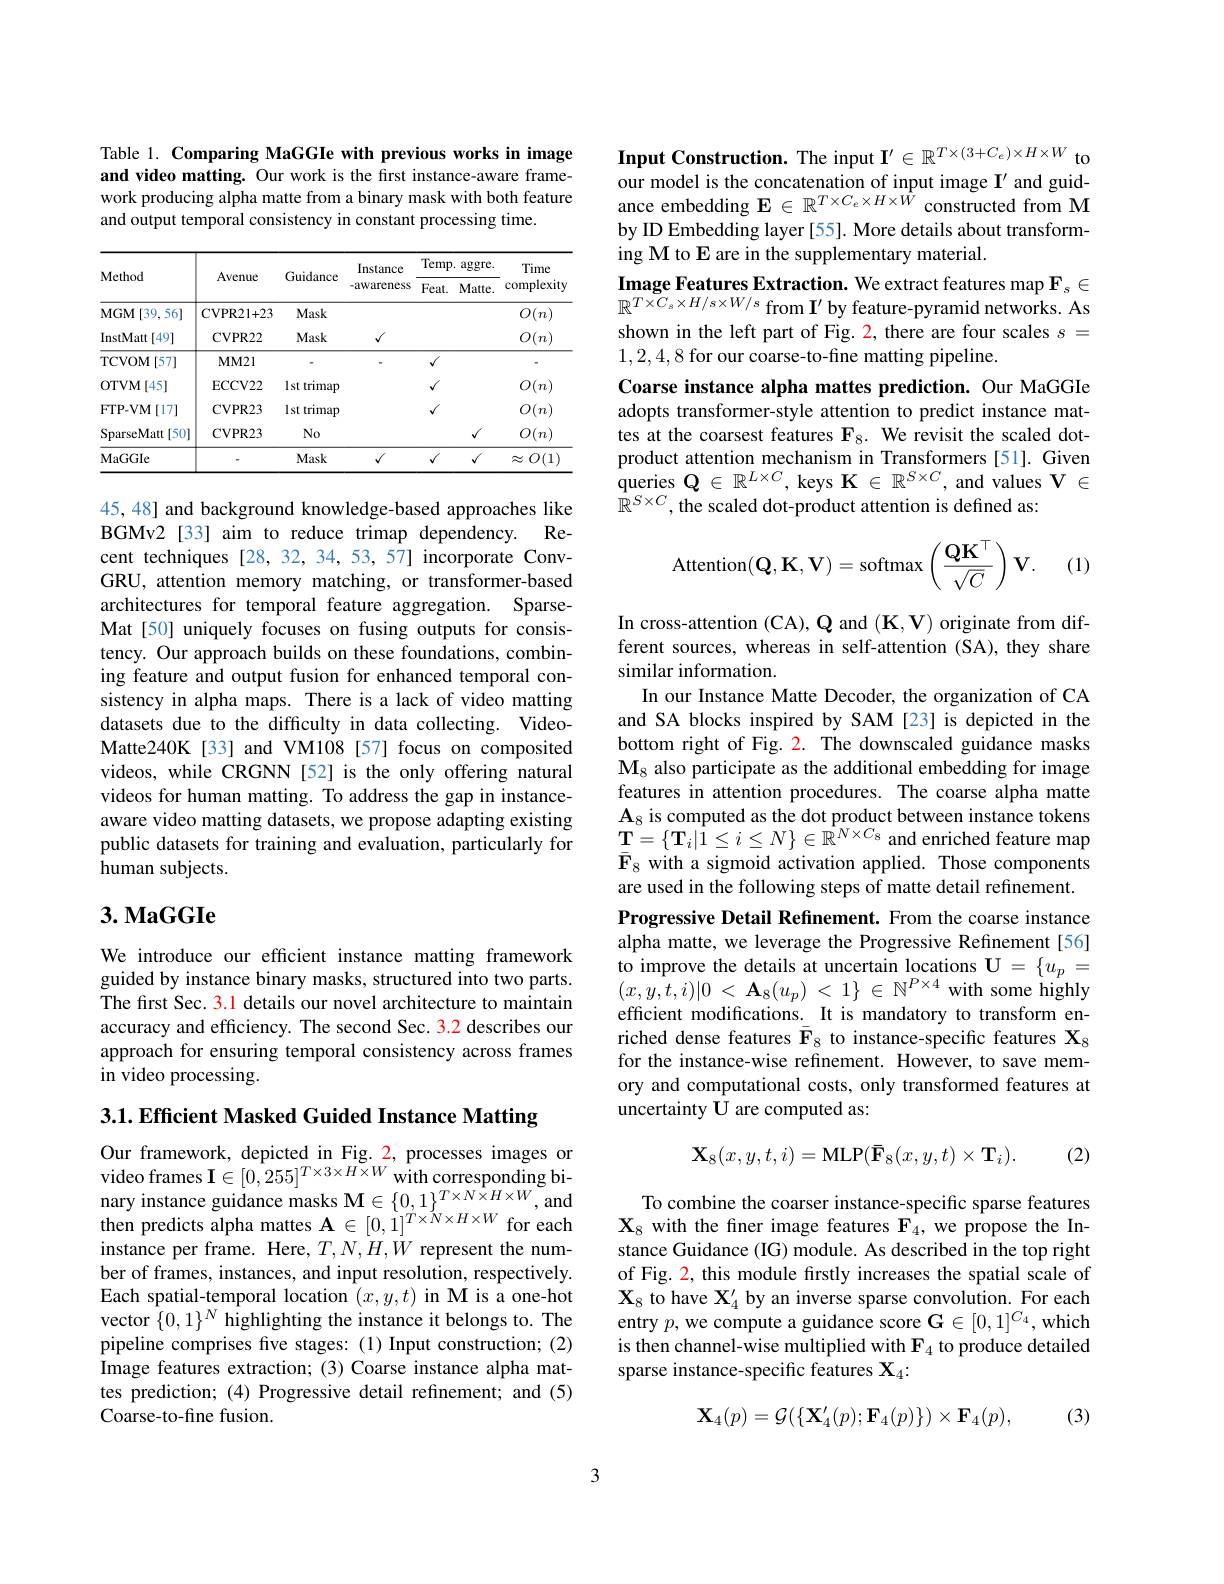
Table 1. Comparing MaGGIe with previous works in image and video matting. Our work is the first instance-aware framework producing alpha matte from a binary mask with both feature and output temporal consistency in constant processing time.

<table>
	<tbody>
		<tr>
			<th rowspan="2">Method</th>
			<th rowspan="2">Avenue</th>
			<th rowspan="2">Guidance</th>
			<th rowspan="2">Instance -awareness</th>
			<th colspan="2">Temp. aggre.</th>
			<th rowspan="2">Time complexity</th>
		</tr>
		<tr>
			<th>$Feat.$</th>
			<th>$Matte.$</th>
		</tr>
		<tr>
			<td>MGM [ 39, 56] </td>
			<td>$\mathbf{CVPR21+23}$</td>
			<td>Mask</td>
			<td> </td>
			<td> </td>
			<td> </td>
			<td>$O(n)$</td>
		</tr>
		<tr>
			<td>InstMatt[49]</td>
			<td>CVPR22</td>
			<td>Mask</td>
			<td>$\sqrt{1}$</td>
			<td> </td>
			<td> </td>
			<td>$O(n)$</td>
		</tr>
		<tr>
			<td>TCVOM[ 57] </td>
			<td>$MM21$</td>
			<td> </td>
			<td> </td>
			<td>$\checkmark$</td>
			<td> </td>
			<td> </td>
		</tr>
		<tr>
			<td>OTVM[ 45] </td>
			<td>ECCV22</td>
			<td>lst trimap</td>
			<td> </td>
			<td>1</td>
			<td> </td>
			<td>$O(n)$</td>
		</tr>
		<tr>
			<td>FTP- VM$\left [ 17\right ]$</td>
			<td>CVPR23</td>
			<td>lst trimap</td>
			<td> </td>
			<td>1</td>
			<td> </td>
			<td>$O(n)$</td>
		</tr>
		<tr>
			<td>SparseMat $t[50]$</td>
			<td>CVPR23</td>
			<td>$No$</td>
			<td> </td>
			<td> </td>
			<td>$√$</td>
			<td>$O(n)$</td>
		</tr>
		<tr>
			<td>MaGGIe</td>
			<td> </td>
			<td>Mask</td>
			<td>$\sqrt{1}$</td>
			<td>$√$</td>
			<td>$√$</td>
			<td>$O(1$ $\approx$</td>
		</tr>
	</tbody>
</table>

45,48] and background knowledge-based approaches like BGMv2 [33] aim to reduce trimap dependency. Recent techniques [28,32,34,53,57] incorporate ConvGRU, attention memory matching, or transformer-based architectures for temporal feature aggregation. SparseMat[50] uniquely focuses on fusing outputs for consistency. Our approach builds on these foundations, combining feature and output fusion for enhanced temporal consistency in alpha maps. There is a lack of video matting datasets due to the difficulty in data collecting. VideoMatte240K[33] and VM108 [57] focus on composited videos, while CRGNN [52] is the only offering natural videos for human matting. To address the gap in instanceaware video matting datasets, we propose adapting existing public datasets for training and evaluation, particularly for human subjects.

## $3. \textbf{MaGGIe}$

We introduce our efficient instance matting framework guided by instance binary masks, structured into two parts. The first Sec. 3.1 details our novel architecture to maintain accuracy and efficiency. The second Sec. 3.2 describes our approach for ensuring temporal consistency across frames in video processing.

3.1. Efficient Masked Guided Instance Matting

Our framework, depicted in Fig. 2, processes images or video frames I$\in [ 0, 255] ^{T\times 3\times H\times W}$with corresponding bi- nary instance guidance masks M$\in \{ 0, 1\} ^{T\times N\times H\times W}$,and then predicts alpha mattes A $\in [ 0, 1] ^{T\times N\times H\times W}$ for each instance per frame. Here, $T,N,H,W$ represent the number of frames, instances, and input resolution, respectively. Each spatial-temporal location $(x,y,t)$ in M is a one-hot vector $\{0,1\}^N$ highlighting the instance it belongs to. The pipeline comprises fve stages:(1) Input construction; (2) Image features extraction; (3) Coarse instance alpha mattes prediction; (4) Progressive detail refinement; and (5) Coarse-to-fine fusion.

Input Construction. The input $\mathbf{I}^{\prime}\in\mathbb{R}^{T\times(3+C_e)\times H\times W}$ to our model is the concatenation of input image I' and guidance embedding $\mathbf{E}\in\mathbb{R}^{T\times C_e\times H\times\hat{W}}$ constructed from M by ID Embedding layer [55]. More details about transforming M to E are in the supplementary material.
Image Features Extraction. We extract features map $\mathbf{F}_s\in$ $\mathbb{R}^{T\times C_s\times H/s\times W/s}$ from $\mathbf{I}^\prime$ by feature-pyramid networks. As shown in the left part of Fig. 2, there are four scales $s=$ 1,2,4,8 for our coarse-to-fine matting pipeline.
Coarse instance alpha mattes prediction. Our MaGGIe adopts transformer-style attention to predict instance mattes at the coarsest features $\mathbf{F}_8.$ We revisit the scaled dotproduct attention mechanism in Transformers [51]. Given queries $\mathbf{Q}\in\mathbb{R}^{L\times C}$, keys K $\in\mathbb{R}^{S\times C}$, and values V $\in$ ${\hat{\mathbb{R}}^{S\times C},\text{the scaled dot-product attention is defined as:}}$
$$\text{Attention}(\mathbf{Q},\mathbf{K},\mathbf{V})=\text{softmax}\left(\frac{\mathbf{Q}\mathbf{K}^\top}{\sqrt{C}}\right)\mathbf{V}.$$
(1)

In cross-attention (CA), Q and (K,V) originate from different sources, whereas in self-attention (SA), they share similar information.
In our Instance Matte Decoder, the organization of CA and SA blocks inspired by SAM [23] is depicted in the bottom right of Fig. 2. The downscaled guidance masks $\mathbf{M}_{8}$ also participate as the additional embedding for image features in attention procedures. The coarse alpha matte $\mathbf{A}_8$ is computed as the dot product between instance tokens $\mathbf{T}=\{\mathbf{T}_{i}|1\leq i\leq N\}\in\mathbb{R}^{N\times C_{8}}$ and enriched feature map $\bar{\mathbf{F}}_{8}$ with a sigmoid activation applied. Those components are used in the following steps of matte detail refinement. Progressive Detail Refinement. From the coarse instance alpha matte, we leverage the Progressive Refinement[56] to improve the details at uncertain locations $\mathbf{U}=\{u_p=$ $( x, y, t, i) | 0$ < $\mathbf{A} _{8}( u_{p})$ < $1\}$ $\in$ $\mathbb{N} ^{P\times 4}$with some highly efficient modifications. It is mandatory to transform enriched dense features $\bar{\mathbf{F}}_8$ to instance-specific features $\mathbf{X}_8$ for the instance-wise refinement. However, to save memory and computational costs, only transformed features at uncertainty U are computed as:
$$\mathbf{X}_8(x,y,t,i)=\mathbf{MLP}(\mathbf{\bar{F}}_8(x,y,t)\times\mathbf{T}_i).$$
(2)

To combine the coarser instance-specific sparse features $\mathbf{X}_{8}$ with the finer image features $\mathbf{F}_4$, we propose the Instance Guidance (IG) module. As described in the top right of Fig. 2, this module firstly increases the spatial scale of $\mathbf{X}_8$ to have $\mathbf{X}_4^\prime$ by an inverse sparse convolution. For each entry $p$, we compute a guidance score $\mathbf{G}\in[0,1]^{C_4}$, which is then channel-wise multiplied with $\mathbf{F}_{4}$ to produce detailed sparse instance-specific features X$_4:$
$$\mathbf{X}_{4}(p)=\mathcal{G}(\{\mathbf{X}_{4}'(p);\mathbf{F}_{4}(p)\})\times\mathbf{F}_{4}(p),$$
(3)

3